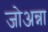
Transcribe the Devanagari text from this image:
जोअन्ना